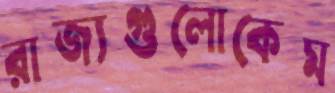
রাজ্যগুলোকেম